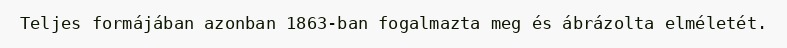
Teljes formájában azonban 1863-ban fogalmazta meg és ábrázolta elméletét.